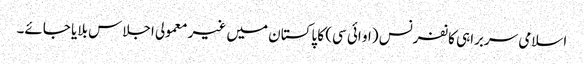
اسلامی سربراہی کانفرنس (او ائی سی) کا پاکستان میں غیر معمولی اجلاس بلایا جائے۔